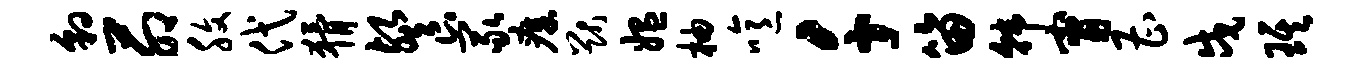
豹茆腹代猾餐冢瘴猷媪柚噫千笛韩甯曹戍琪